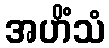
အဟိံသံ